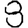
Digit: 8